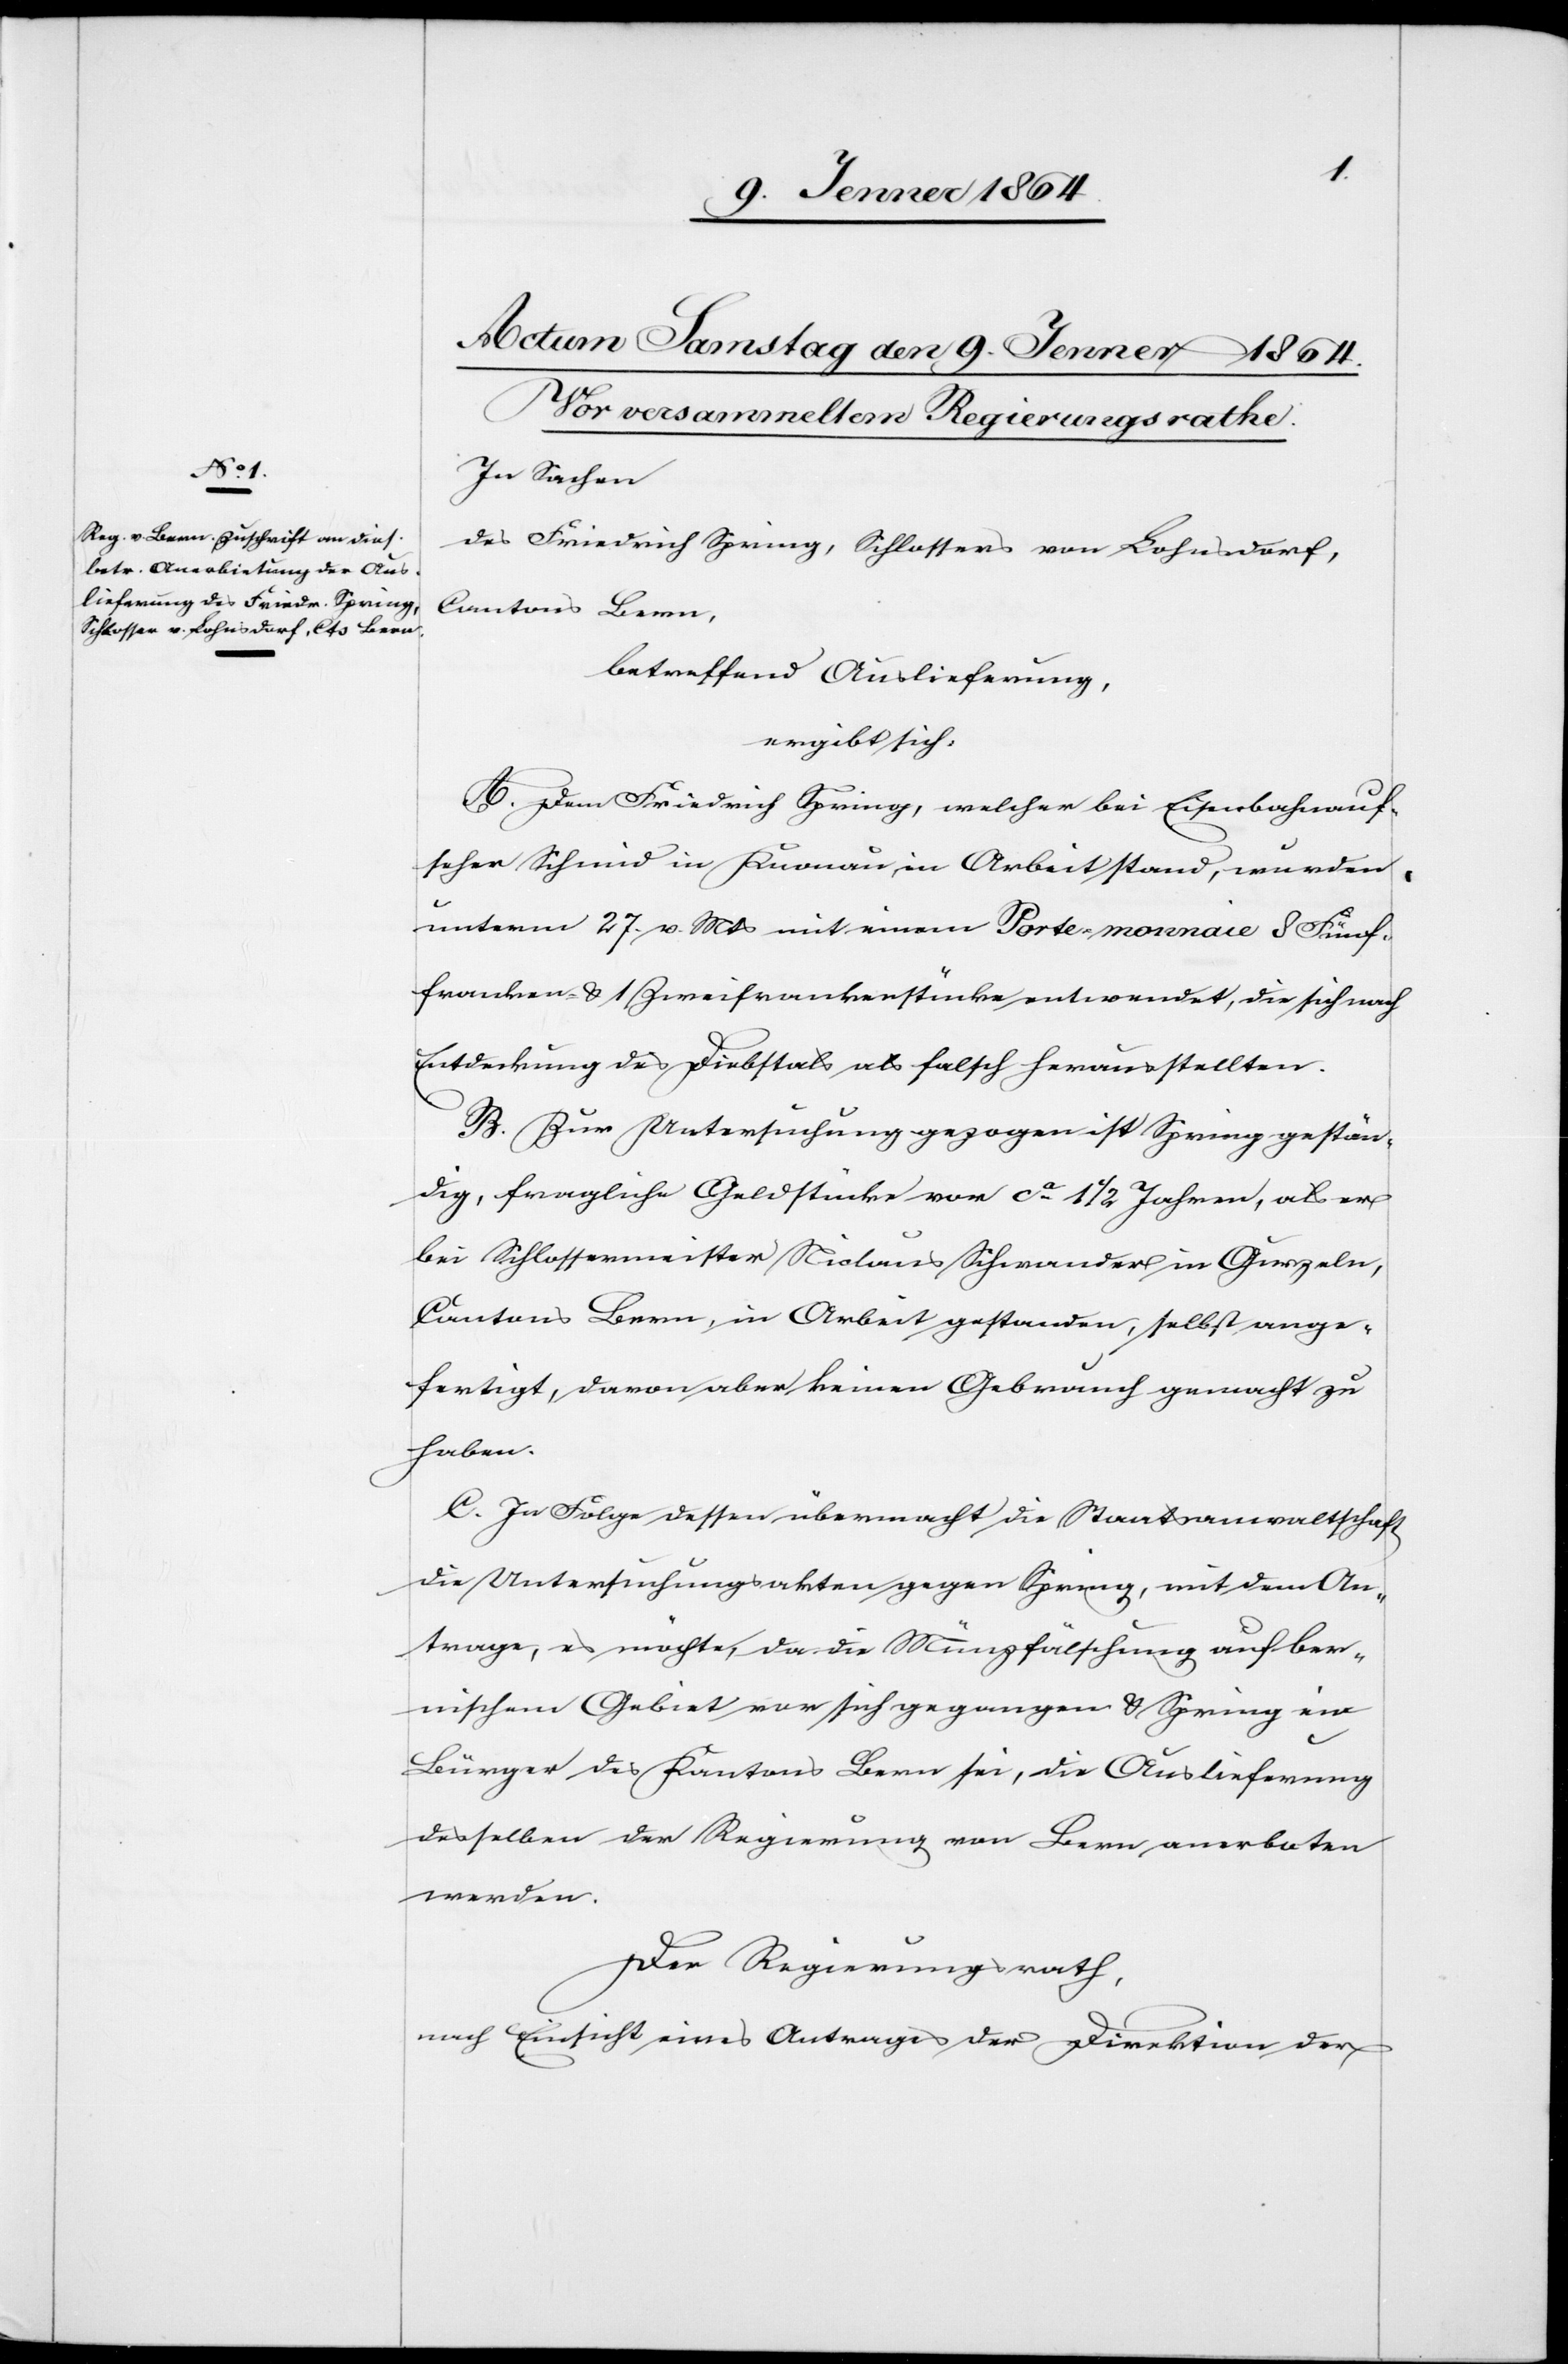
In Sachen
des Friedrich Spring, Schlossers von Lohnsdorf,
Cantons Bern,
betreffend Auslieferung,
ergibt sich:
A. Dem Friedrich Spring, welcher bei Eisenbahnauf¬
seher Schmid in Knonau in Arbeit stand, wurden
unterm 27. v. Mts mit einem Porte-monnaie 8 Fünf¬
franken- u. 1 Zweifrankenstücke entwendet, die sich nach
Entdeckung des Diebstals als falsch herausstellten.
B. Zur Untersuchung gezogen ist Spring gestän¬
dig, fragliche Geldstücke vor ca 1 1/2 Jahren, als er
bei Schlossermeister Nicolaus Schwander in Gurzeln,
Cantons Bern, in Arbeit gestanden, selbst ange¬
fertigt, davon aber keinen Gebrauch gemacht zu
haben.
C. In Folge dessen übermacht die Staatsanwaltschaft
die Untersuchungsakten gegen Spring, mit dem An¬
trage, es möchte, da die Münzfälschung auf ber¬
nischem Gebiet vor sich gegangen u. Spring ein
Bürger des Kantons Bern sei, die Auslieferung
desselben der Regierung von Bern anerboten
werden.
Der Regierungsrath,
nach Einsicht eines Antrages der Direktion der